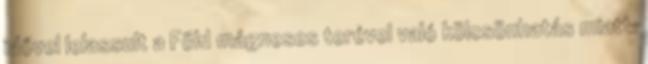
idővel lelassult a Föld mágneses terével való kölcsönhatás miatt.